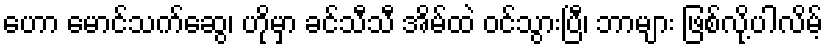
ဟော မောင်သက်ဆွေ၊ ဟိုမှာ ခင်သီသီ အိမ်ထဲ ဝင်သွားပြီ၊ ဘာများ ဖြစ်လို့ပါလိမ့်